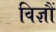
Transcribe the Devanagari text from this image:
विज्ञौं